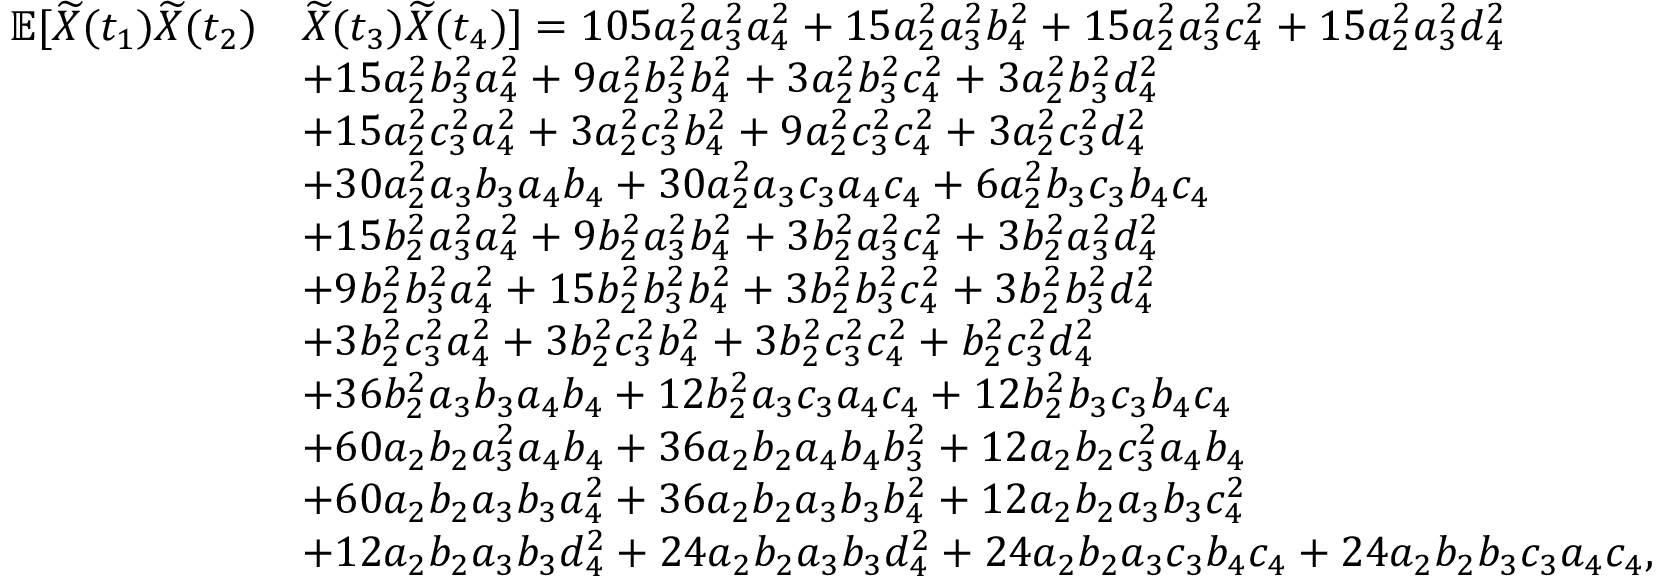
\begin{array} { r l } { \ \ \ \ \mathbb { E } [ \widetilde X ( t _ { 1 } ) \widetilde X ( t _ { 2 } ) } & { \widetilde X ( t _ { 3 } ) \widetilde X ( t _ { 4 } ) ] = 1 0 5 a _ { 2 } ^ { 2 } a _ { 3 } ^ { 2 } a _ { 4 } ^ { 2 } + 1 5 a _ { 2 } ^ { 2 } a _ { 3 } ^ { 2 } b _ { 4 } ^ { 2 } + 1 5 a _ { 2 } ^ { 2 } a _ { 3 } ^ { 2 } c _ { 4 } ^ { 2 } + 1 5 a _ { 2 } ^ { 2 } a _ { 3 } ^ { 2 } d _ { 4 } ^ { 2 } } \\ & { + 1 5 a _ { 2 } ^ { 2 } b _ { 3 } ^ { 2 } a _ { 4 } ^ { 2 } + 9 a _ { 2 } ^ { 2 } b _ { 3 } ^ { 2 } b _ { 4 } ^ { 2 } + 3 a _ { 2 } ^ { 2 } b _ { 3 } ^ { 2 } c _ { 4 } ^ { 2 } + 3 a _ { 2 } ^ { 2 } b _ { 3 } ^ { 2 } d _ { 4 } ^ { 2 } } \\ & { + 1 5 a _ { 2 } ^ { 2 } c _ { 3 } ^ { 2 } a _ { 4 } ^ { 2 } + 3 a _ { 2 } ^ { 2 } c _ { 3 } ^ { 2 } b _ { 4 } ^ { 2 } + 9 a _ { 2 } ^ { 2 } c _ { 3 } ^ { 2 } c _ { 4 } ^ { 2 } + 3 a _ { 2 } ^ { 2 } c _ { 3 } ^ { 2 } d _ { 4 } ^ { 2 } } \\ & { + 3 0 a _ { 2 } ^ { 2 } a _ { 3 } b _ { 3 } a _ { 4 } b _ { 4 } + 3 0 a _ { 2 } ^ { 2 } a _ { 3 } c _ { 3 } a _ { 4 } c _ { 4 } + 6 a _ { 2 } ^ { 2 } b _ { 3 } c _ { 3 } b _ { 4 } c _ { 4 } } \\ & { + 1 5 b _ { 2 } ^ { 2 } a _ { 3 } ^ { 2 } a _ { 4 } ^ { 2 } + 9 b _ { 2 } ^ { 2 } a _ { 3 } ^ { 2 } b _ { 4 } ^ { 2 } + 3 b _ { 2 } ^ { 2 } a _ { 3 } ^ { 2 } c _ { 4 } ^ { 2 } + 3 b _ { 2 } ^ { 2 } a _ { 3 } ^ { 2 } d _ { 4 } ^ { 2 } } \\ & { + 9 b _ { 2 } ^ { 2 } b _ { 3 } ^ { 2 } a _ { 4 } ^ { 2 } + 1 5 b _ { 2 } ^ { 2 } b _ { 3 } ^ { 2 } b _ { 4 } ^ { 2 } + 3 b _ { 2 } ^ { 2 } b _ { 3 } ^ { 2 } c _ { 4 } ^ { 2 } + 3 b _ { 2 } ^ { 2 } b _ { 3 } ^ { 2 } d _ { 4 } ^ { 2 } } \\ & { + 3 b _ { 2 } ^ { 2 } c _ { 3 } ^ { 2 } a _ { 4 } ^ { 2 } + 3 b _ { 2 } ^ { 2 } c _ { 3 } ^ { 2 } b _ { 4 } ^ { 2 } + 3 b _ { 2 } ^ { 2 } c _ { 3 } ^ { 2 } c _ { 4 } ^ { 2 } + b _ { 2 } ^ { 2 } c _ { 3 } ^ { 2 } d _ { 4 } ^ { 2 } } \\ & { + 3 6 b _ { 2 } ^ { 2 } a _ { 3 } b _ { 3 } a _ { 4 } b _ { 4 } + 1 2 b _ { 2 } ^ { 2 } a _ { 3 } c _ { 3 } a _ { 4 } c _ { 4 } + 1 2 b _ { 2 } ^ { 2 } b _ { 3 } c _ { 3 } b _ { 4 } c _ { 4 } } \\ & { + 6 0 a _ { 2 } b _ { 2 } a _ { 3 } ^ { 2 } a _ { 4 } b _ { 4 } + 3 6 a _ { 2 } b _ { 2 } a _ { 4 } b _ { 4 } b _ { 3 } ^ { 2 } + 1 2 a _ { 2 } b _ { 2 } c _ { 3 } ^ { 2 } a _ { 4 } b _ { 4 } } \\ & { + 6 0 a _ { 2 } b _ { 2 } a _ { 3 } b _ { 3 } a _ { 4 } ^ { 2 } + 3 6 a _ { 2 } b _ { 2 } a _ { 3 } b _ { 3 } b _ { 4 } ^ { 2 } + 1 2 a _ { 2 } b _ { 2 } a _ { 3 } b _ { 3 } c _ { 4 } ^ { 2 } } \\ & { + 1 2 a _ { 2 } b _ { 2 } a _ { 3 } b _ { 3 } d _ { 4 } ^ { 2 } + 2 4 a _ { 2 } b _ { 2 } a _ { 3 } b _ { 3 } d _ { 4 } ^ { 2 } + 2 4 a _ { 2 } b _ { 2 } a _ { 3 } c _ { 3 } b _ { 4 } c _ { 4 } + 2 4 a _ { 2 } b _ { 2 } b _ { 3 } c _ { 3 } a _ { 4 } c _ { 4 } , } \end{array}